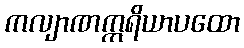
ကလျာဏဣရိယာပထော